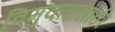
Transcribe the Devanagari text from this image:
विमुक्तांसाठी